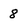
Character: 8